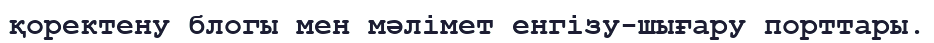
қоректену блогы мен мәлімет енгізу-шығару порттары.